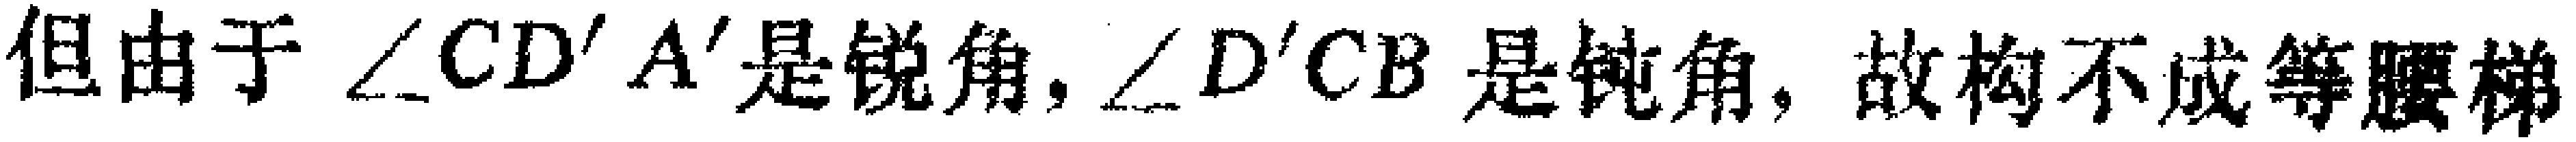
但由于 $\angle CD'A'$ 是锐角, $\angle D'CB$ 是钝角, 故构不成等腰梯